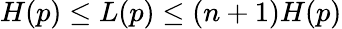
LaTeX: H(p)\leq L(p)\leq(n+1)H(p)